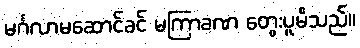
မင်္ဂလာမဆောင်ခင် မကြာခဏ တွေးပူမိသည်။